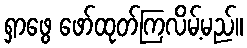
ရှာဖွေ ဖော်ထုတ်ကြလိမ့်မည်။